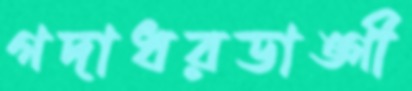
গদাধরডাঙ্গী